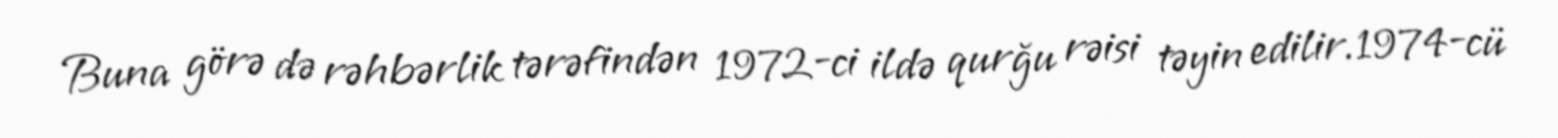
Buna görə də rəhbərlik tərəfindən 1972-ci ildə qurğu rəisi təyin edilir.1974-cü